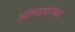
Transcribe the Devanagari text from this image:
आंतड्यांच्या